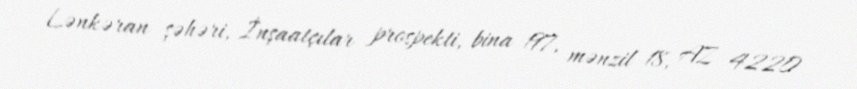
Lənkəran şəhəri, İnşaatçılar prospekti, bina 197, mənzil 18, AZ 4220